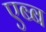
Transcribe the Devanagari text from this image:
एब्ब